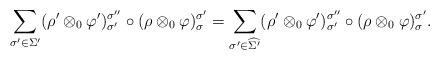
LaTeX: \begin{align*} \sum_{\sigma' \in \Sigma'} (\rho' \otimes_0 \varphi')_{\sigma'}^{\sigma''} \circ (\rho \otimes_0 \varphi)_{\sigma}^{\sigma'} = \sum_{\sigma' \in \widehat{\Sigma'}} (\rho' \otimes_0 \varphi')_{\sigma'}^{\sigma''} \circ (\rho \otimes_0 \varphi)_{\sigma}^{\sigma'}. \end{align*}